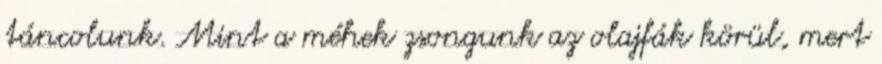
táncolunk. Mint a méhek zsongunk az olajfák körül, mert